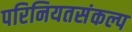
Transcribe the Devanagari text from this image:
परिनियतसंकल्प